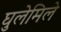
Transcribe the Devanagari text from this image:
घुलेमिले